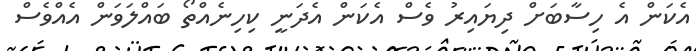
އެކަން އެ ހިސާބަށް ދިޔައިރު ވެސް އެކަން އެދަނީ ކިހިނެއްތޯ ބައްލަވަން އެއްވެސް